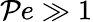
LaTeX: \mathcal{P}e\gg1